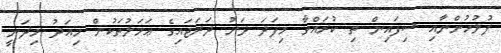
ފުލުހުންނާއި ސިފައިން ތި ކުރައްވާ މިފަދަ ދަށު ދަރަޖައިގެ ޢަމަލުތަކުން މިއަދު މިދަނީ